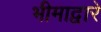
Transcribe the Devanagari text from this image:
भीमाद्वारे